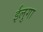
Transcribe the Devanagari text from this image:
ईलुगा